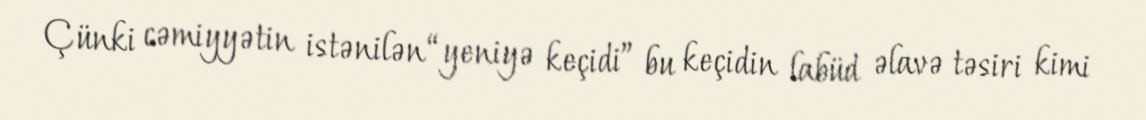
Çünki cəmiyyətin istənilən “yeniyə keçidi” bu keçidin labüd əlavə təsiri kimi